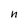
Character: n